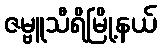
ဇမ္ဗူသီရိမြို့နယ်